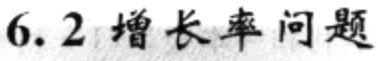
6.2 增长率问题